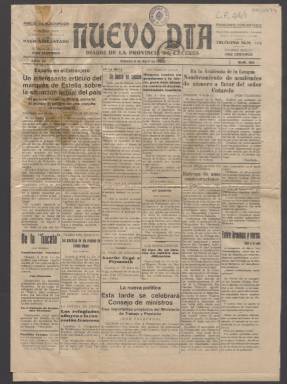
Título: Nuevo día
Colección: Periódicos
Ámbito geográfico: Cáceres
Lugar de publicación: Cáceres
Fechas: 06/04/1929-06/04/1929